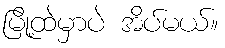
မြို့ထဲမှာပဲ အိပ်မယ်။